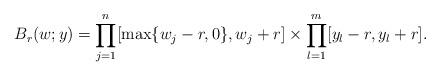
LaTeX: \begin{align*} B_r(w;y)=\prod_{j=1}^n[\max\{w_j-r,0\},w_j+r]\times \prod_{l=1}^m[y_l-r,y_l+r].\end{align*}